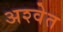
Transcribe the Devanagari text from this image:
अश्‍वेत